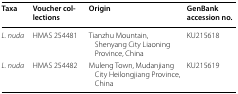
| Taxa | Voucher collections | Origin | GenBank accession no. |
 | --- | --- | --- | --- |
 | L. nuda | HMAS 254481 | Tianzhu Mountain, Shenyang City Liaoning Province, China | KU215618 |
 | L. nuda | HMAS 254482 | Muleng Town, Mudanjiang City Heilongjiang Province, China | KU215619 |